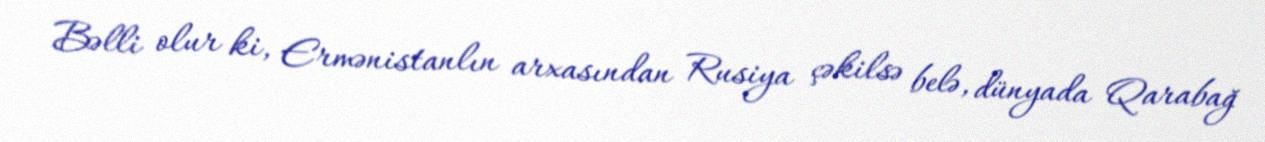
Bəlli olur ki, Ermənistanlın arxasından Rusiya çəkilsə belə, dünyada Qarabağ